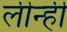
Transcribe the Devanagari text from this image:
लीन्‍हीं